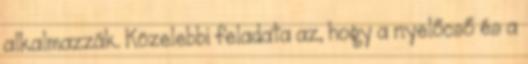
alkalmazzák. Közelebbi feladata az, hogy a nyelőcső és a